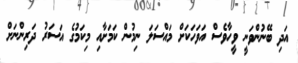
އަދި ބޭނުންވަނީ ވީހާވެސް އަވަހަކަށް މައްސަލަ ނިމުން ކަމަށާއި މިކަމުގެ އަސަރު ދަރިންނަށް